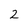
Character: 2